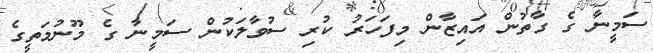
ސަމީނާ ގެ ގާތުން އައިޒާން މިފަހަރު ކުރި ސުވާލަކުން ސަމީނާ ގެ މޫނުމަތީގެ